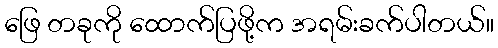
ဖြေ တခုကို ထောက်ပြဖို့က အရမ်းခက်ပါတယ်။